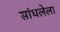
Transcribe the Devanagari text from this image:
सांधलेला